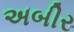
અબીર